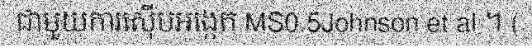
ជាមួយការស៊ើបអង្កេត MS0.5Johnson et al ។ (